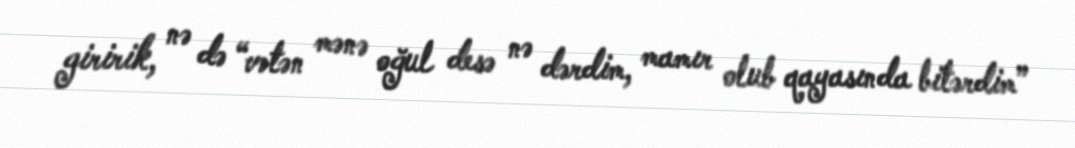
giririk, nə də “vətən mənə oğul desə nə dərdim, mamır olub qayasında bitərdim”